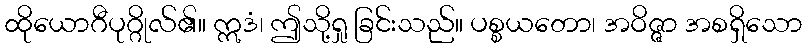
ထိုယောဂီပုဂ္ဂိုလ်၏။ ဣဒံ၊ ဤသို့ရှု ခြင်းသည်။ ပစ္စယတော၊ အဝိဇ္ဇာ အစရှိသော